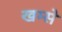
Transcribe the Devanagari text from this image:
खम्से